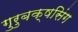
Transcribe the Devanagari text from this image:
गुरुबक्षसिंग